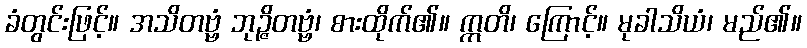
ခံတွင်းဖြင့်။ အသိတဗ္ဗံ ဘုဉ္ဇိတဗ္ဗံ၊ စားထိုက်၏။ ဣတိ၊ ကြောင့်။ မုခါသိယံ၊ မည်၏။